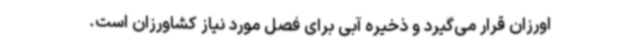
اورزان قرار می‌گیرد و ذخیره آبی برای فصل مورد نیاز کشاورزان است.